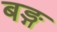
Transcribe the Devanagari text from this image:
बङ्ग